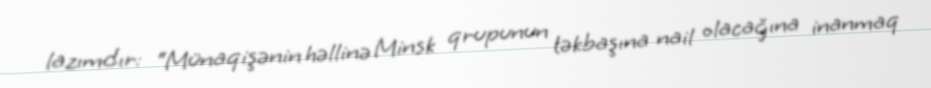
lazımdır: “Münaqişənin həllinə Minsk qrupunun təkbaşına nail olacağına inanmaq